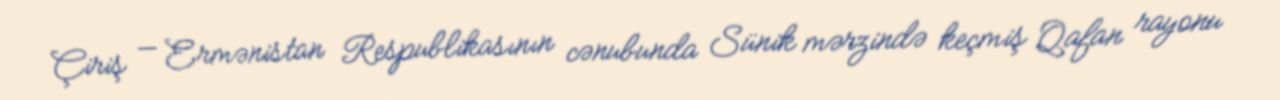
Çiriş — Ermənistan Respublikasının cənubunda Sünik mərzində keçmiş Qafan rayonu